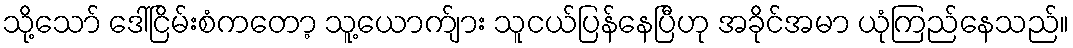
သို့သော် ဒေါ်ငြိမ်းစံကတော့ သူ့ယောက်ျား သူငယ်ပြန်နေပြီဟု အခိုင်အမာ ယုံကြည်နေသည်။